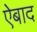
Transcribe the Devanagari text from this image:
ऐबाद